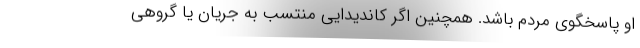
او پاسخگوی مردم باشد. همچنین اگر کاندیدایی منتسب به جریان یا گروهی